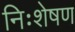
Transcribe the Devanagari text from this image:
निःशेषण